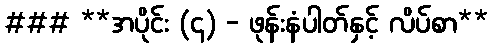
### **အပိုင်း (၄) - ဖုန်းနံပါတ်နှင့် လိပ်စာ**